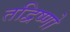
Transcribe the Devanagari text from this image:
तद्विष्णो